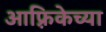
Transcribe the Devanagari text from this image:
आफ़्रिकेच्या